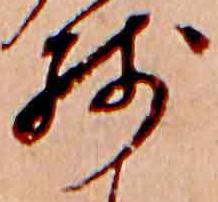
残